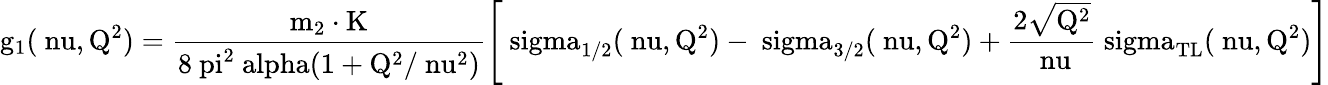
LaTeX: \mathrm{g_{1}(\ nu,Q^{2})=\frac{m_{2}\cdot K}{8\ pi^{2}\ alpha(1+Q^{2}/\ nu^{2})}\left[\ sigma_{1/2}(\ nu,Q^{2})-\ sigma_{3/2}(\ nu,Q^{2})+\frac{2\sqrt{Q^{2}}}{\ nu}\ sigma_{TL}(\ nu,Q^{2})\right]}